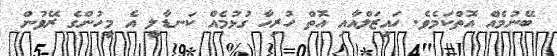
ބޭނުމެއް އޮތްކަމެވެ. ހައިޒަލްއާއި އޮތް ހުރިހާ ގުޅުމެއް ކަނޑާލީ އެ މީހުންގެ ރޭވުން